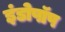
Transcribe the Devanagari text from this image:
इंडोपॉप